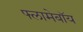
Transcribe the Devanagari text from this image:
फ्लामेबॉय